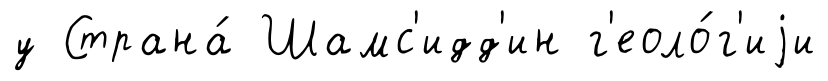
у Страна́ Шамс'идд'ин г'еоло́г'иjи